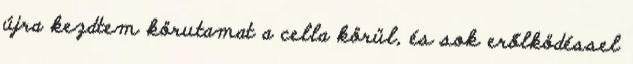
újra kezdtem körutamat a cella körül, és sok erőlködéssel